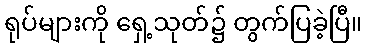
ရုပ်များကို ရှေ့သုတ်၌ တွက်ပြခဲ့ပြီ။